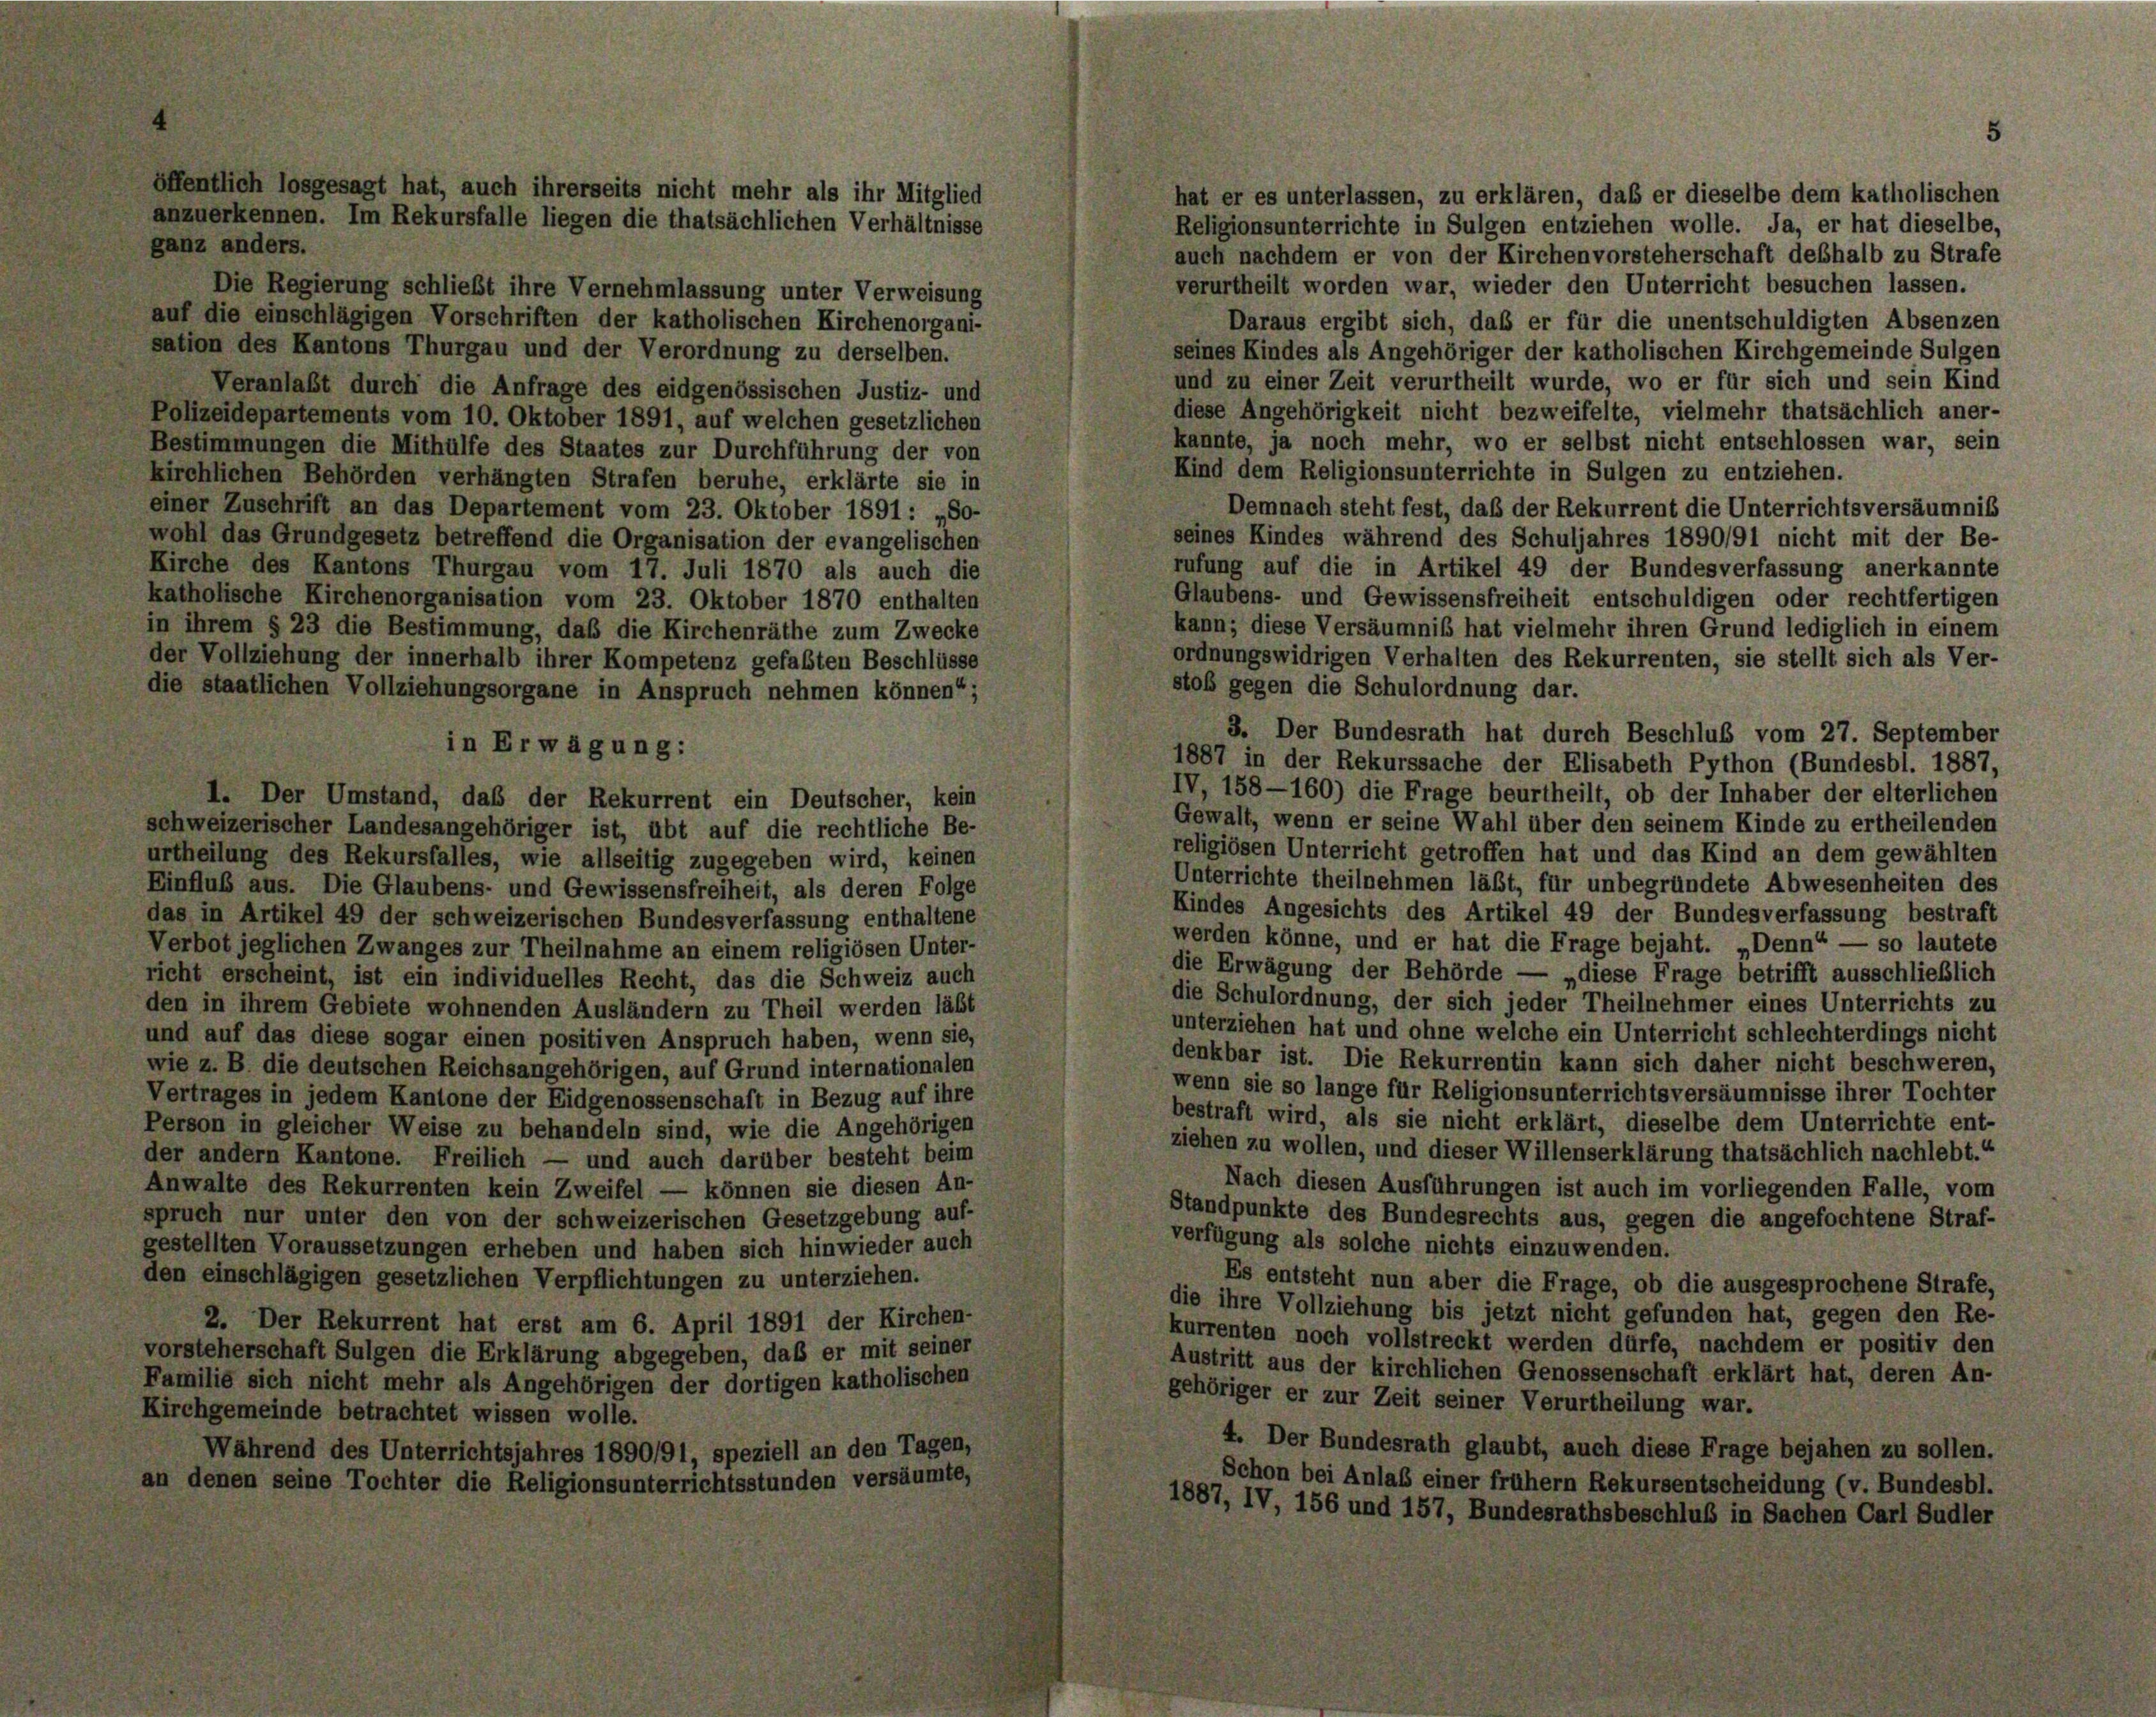
öffentlich losgesagt hat, auch ihrerseits nicht mehr als ihr Mitglied
anzuerkennen. Im Rekursfalle liegen die thatsächlichen Verhältnisse

5

hat er es unterlassen, zu erklären, daß er dieselbe dem katholischen
Religionsunterrichte in Sulgen entziehen wolle. Ja, er hat dieselbe,
ganz anders.
auch nachdem er von der Kirchenvorsteherschaft deßhalb zu Strafe
verurtheilt worden war, wieder den Unterricht besuchen lassen.
Die Regierung schließt ihre Vernehmlassung unter Verweisung
auf die einschlägigen Vorschriften der katholischen Kirchenorgani-
Daraus ergibt sich, daß er für die unentschuldigten Absenzen
sation des Kantons Thurgau und der Verordnung zu derselben.
seines Kindes als Angehöriger der katholischen Kirchgemeinde Sulgen
und zu einer Zeit verurtheilt wurde, wo er für sich und sein Kind
Veranlaßt durch die Anfrage des eidgenössischen Justiz- und
diese Angehörigkeit nicht bezweifelte, vielmehr thatsächlich aner-
Polizeidepartements vom 10. Oktober 1891, auf welchen gesetzlichen
kannte, ja noch mehr, wo er selbst nicht entschlossen war, sein
Bestimmungen die Mithülfe des Staates zur Durchführung der von
Kind dem Religionsunterrichte in Sulgen zu entziehen.
kirchlichen Behörden verhängten Strafen beruhe, erklärte sie in
Demnach steht fest, daß der Rekurrent die Unterrichtsversäumnis
einer Zuschrift an das Departement vom 23. Oktober 1891 : „So-
seines Kindes während des Schuljahres 1890/91 nicht mit der Be-
wohl das Grundgesetz betreffend die Organisation der evangelischen
rufung auf die in Artikel 49 der Bundesverfassung anerkannte
Kirche des Kantons Thurgau vom 17. Juli 1870 als auch die
Glaubens- und Gewissensfreiheit entschuldigen oder rechtfertigen
katholische Kirchenorganisation vom 23. Oktober 1870 enthalten
kann; diese Versäumniß hat vielmehr ihren Grund lediglich in einem
in ihrem § 23 die Bestimmung, daß die Kirchenräthe zum Zwecke
ordnungswidrigen Verhalten des Rekurrenten, sie stellt sich als Ver-
der Vollziehung der innerhalb ihrer Kompetenz gefaßten Beschlüsse
stoß gegen die Schulordnung dar.
die staatlichen Vollziehungsorgane in Anspruch nehmen können“;
3. Der Bundesrath hat durch Beschluß vom 27. September
in Erwägung:
1887 in der Rekurssache der Elisabeth Python (Bundesbl. 1887,
IV, 158—160) die Frage beurtheilt, ob der Inhaber der elterlichen
1. Der Umstand, daß der Rekurrent ein Deutscher, kein
Gewalt, wenn er seine Wahl über den seinem Kinde zu ertheilenden
schweizerischer Landesangehöriger ist, übt auf die rechtliche Be-
religiösen Unterricht getroffen hat und das Kind an dem gewählten
urtheilung des Rekursfalles, wie allseitig zugegeben wird, keinen
Unterrichte theilnehmen läßt, für unbegründete Abwesenheiten des
Einfluß aus. Die Glaubens- und Gewissensfreiheit, als deren Folge
Kindes Angesichts des Artikel 49 der Bundesverfassung bestraft
das in Artikel 49 der schweizerischen Bundesverfassung enthaltene
werden könne, und er hat die Frage bejaht. „Denn“ — so lautete
Verbot jeglichen Zwanges zur Theilnahme an einem religiösen Unter-
die Erwägung der Behörde — „diese Frage betrifft ausschließlich
richt erscheint, ist ein individuelles Recht, das die Schweiz auch
die Schulordnung, der sich jeder Theilnehmer eines Unterrichts zu
den in ihrem Gebiete wohnenden Ausländern zu Theil werden läßt
unterziehen hat und ohne welche ein Unterricht schlechterdings nicht
und auf das diese sogar einen positiven Anspruch haben, wenn sie,
denkbar ist. Die Rekurrentin kann sich daher nicht beschweren,
wie z. B. die deutschen Reichsangehörigen, auf Grund internationalen
wenn sie so lange für Religionsunterrichtsversäumnisse ihrer Tochter
Vertrages in jedem Kantone der Eidgenossenschaft in Bezug auf ihre
bestraft wird, als sie nicht erklärt, dieselbe dem Unterrichte ent-
Person in gleicher Weise zu behandeln sind, wie die Angehörigen
ziehen zu wollen, und dieser Willenserklärung thatsächlich nachlebt.“
der andern Kantone. Freilich — und auch darüber besteht beim
Nach diesen Ausführungen ist auch im vorliegenden Falle, vom
Anwalte des Rekurrenten kein Zweifel — können sie diesen An-
Standpunkte des Bundesrechts aus, gegen die angefochtene Straf-
spruch nur unter den von der schweizerischen Gesetzgebung auf-
verfügung als solche nichts einzuwenden.
gestellten Voraussetzungen erheben und haben sich hinwieder auch
den einschlägigen gesetzlichen Verpflichtungen zu unterziehen.
Es entsteht nun aber die Frage, ob die ausgesprochene Strafe,
die ihre Vollziehung bis jetzt nicht gefunden hat, gegen den Re-
2. Der Rekurrent hat erst am 6. April 1891 der Kirchen-
kurrenten noch vollstreckt werden dürfe, nachdem er positiv den
vorsteherschaft Sulgen die Erklärung abgegeben, daß er mit seiner
Austritt aus der kirchlichen Genossenschaft erklärt hat, deren An-
Familie sich nicht mehr als Angehörigen der dortigen katholischen
gehöriger er zur Zeit seiner Verurtheilung war.
Kirchgemeinde betrachtet wissen wolle.
4. Der Bundesrath glaubt, auch diese Frage bejahen zu sollen.
Während des Unterrichtsjahres 1890191, speziell an den Tagen,
Schon bei Anlaß einer frühem Rekursentscheidung (v. Bundesbl.
an denen seine Tochter die Religionsunterrichtsstunden versäumte,
1887, IV, 156 und 157, Bundesrathsbeschluß in Sachen Carl Sudler